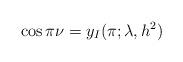
LaTeX: \begin{align*}\cos\pi\nu=y_I(\pi;\lambda, h^2)\end{align*}